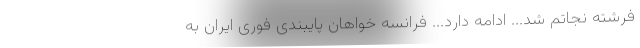
فرشته نجاتم شد... ادامه دارد... فرانسه خواهان پایبندی فوری ایران به